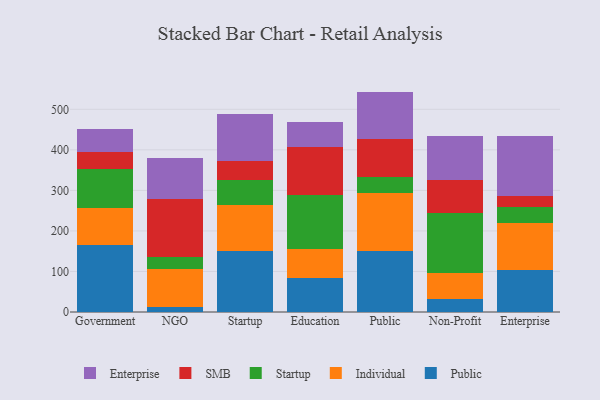
{"axis": {"x": "Segment", "y": "Latency (ms)"}, "legend": ["Enterprise", "Individual", "Public", "SMB", "Startup"], "data": [{"x": "Government", "y": 164.6, "type": "Public"}, {"x": "Government", "y": 91.3, "type": "Individual"}, {"x": "Government", "y": 96.4, "type": "Startup"}, {"x": "Government", "y": 41.8, "type": "SMB"}, {"x": "Government", "y": 57.1, "type": "Enterprise"}, {"x": "NGO", "y": 11.9, "type": "Public"}, {"x": "NGO", "y": 93.3, "type": "Individual"}, {"x": "NGO", "y": 29.9, "type": "Startup"}, {"x": "NGO", "y": 144.6, "type": "SMB"}, {"x": "NGO", "y": 101.2, "type": "Enterprise"}, {"x": "Startup", "y": 150.9, "type": "Public"}, {"x": "Startup", "y": 113.5, "type": "Individual"}, {"x": "Startup", "y": 60.6, "type": "Startup"}, {"x": "Startup", "y": 48.7, "type": "SMB"}, {"x": "Startup", "y": 114.7, "type": "Enterprise"}, {"x": "Education", "y": 84.1, "type": "Public"}, {"x": "Education", "y": 70.2, "type": "Individual"}, {"x": "Education", "y": 134.8, "type": "Startup"}, {"x": "Education", "y": 117.3, "type": "SMB"}, {"x": "Education", "y": 63.0, "type": "Enterprise"}, {"x": "Public", "y": 150.8, "type": "Public"}, {"x": "Public", "y": 143.9, "type": "Individual"}, {"x": "Public", "y": 38.7, "type": "Startup"}, {"x": "Public", "y": 94.1, "type": "SMB"}, {"x": "Public", "y": 116.2, "type": "Enterprise"}, {"x": "Non-Profit", "y": 31.9, "type": "Public"}, {"x": "Non-Profit", "y": 63.4, "type": "Individual"}, {"x": "Non-Profit", "y": 149.6, "type": "Startup"}, {"x": "Non-Profit", "y": 81.3, "type": "SMB"}, {"x": "Non-Profit", "y": 108.1, "type": "Enterprise"}, {"x": "Enterprise", "y": 104.7, "type": "Public"}, {"x": "Enterprise", "y": 115.3, "type": "Individual"}, {"x": "Enterprise", "y": 40.1, "type": "Startup"}, {"x": "Enterprise", "y": 27.3, "type": "SMB"}, {"x": "Enterprise", "y": 145.6, "type": "Enterprise"}]}